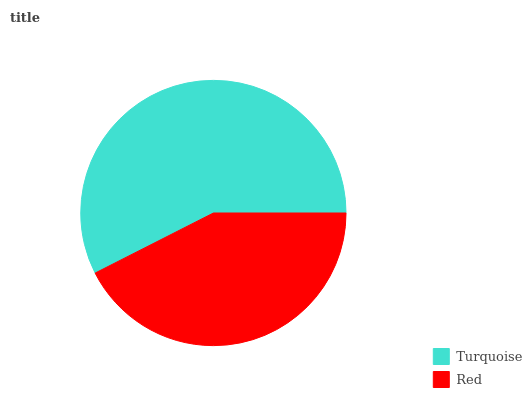
| Turquoise | Red |
 | --- | --- |
 | 57.5% | 42.5% |